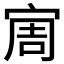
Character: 𱚊